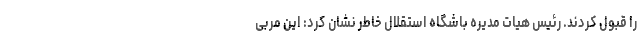
را قبول کردند. رئیس هیات مدیره باشگاه استقلال خاطر نشان کرد: این مربی